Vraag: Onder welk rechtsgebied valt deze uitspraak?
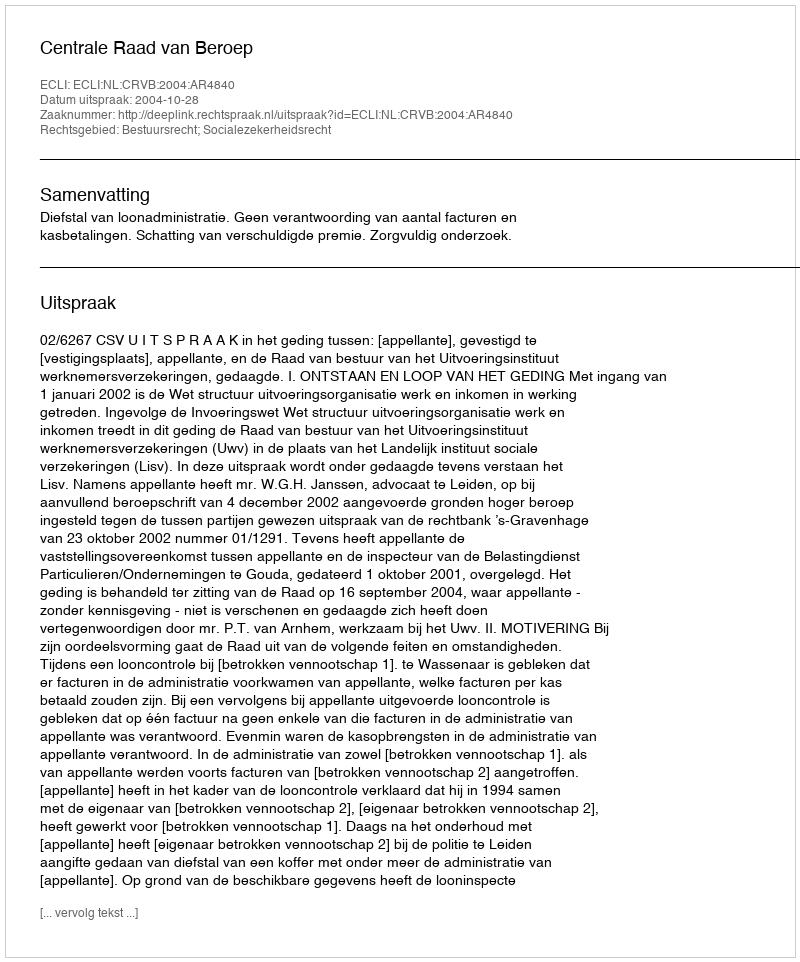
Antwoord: Bestuursrecht; Socialezekerheidsrecht